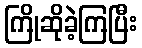
ကြိုဆိုခဲ့ကြပြီး